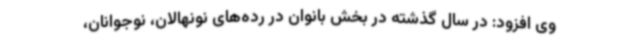
وی افزود: در سال گذشته در بخش بانوان در رده‌های نونهالان، نوجوانان،